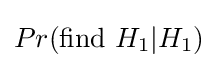
Pr({\text{find }}H_{1}|H_{1})